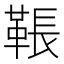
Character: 䩨